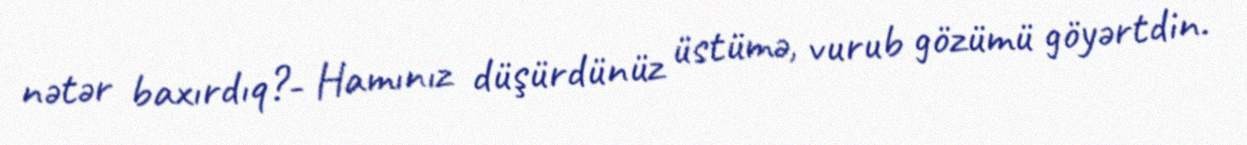
nətər baxırdıq?- Hamınız düşürdünüz üstümə, vurub gözümü göyərtdin.